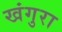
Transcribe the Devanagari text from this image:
खंगुरा